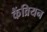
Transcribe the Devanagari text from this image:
कैंव्रियन